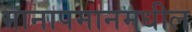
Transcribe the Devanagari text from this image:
मानापमानमधील